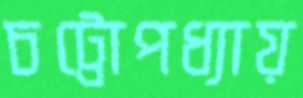
চট্টোপধ্যায়